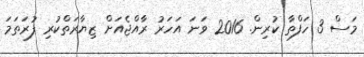
މަސް 3 ހަފްތާ ކުރިން. 2016 ވަނަ އަހަރު ރާއްޖެއަށް ޒިޔާރަތްކުރި ފުރަތަމަ